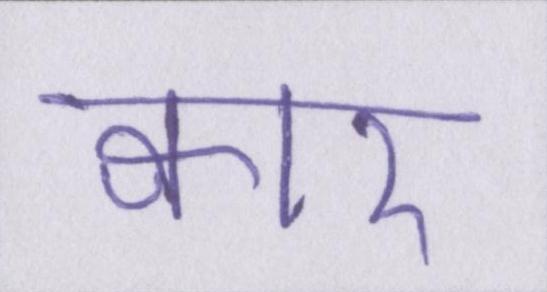
क्वार